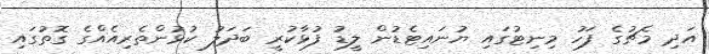
އަދި މެޗުގެ ފަހު މިނިޓުގައި ޔުނައިޓެޑުން ލީޑު ފުޅާކުރީ ބަދަލު ކުޅުންތެރިއެއްގެ ގޮތުގައި